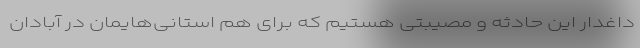
داغدار این حادثه و مصیبتی هستیم که برای هم استانی‌هایمان در آبادان